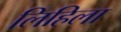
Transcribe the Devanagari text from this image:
लिहिला